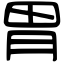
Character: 胃